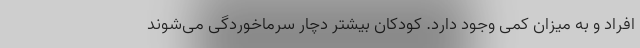
افراد و به میزان کمی وجود دارد. کودکان بیشتر دچار سرماخوردگی می‌شوند